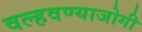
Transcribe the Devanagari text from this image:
वल्हवण्याजोगी